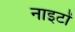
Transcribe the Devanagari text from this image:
नाइटों